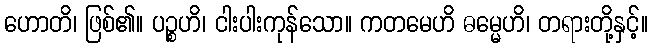
ဟောတိ၊ ဖြစ်၏။ ပဉ္စဟိ၊ ငါးပါးကုန်သော။ ကတမေဟိ ဓမ္မေဟိ၊ တရားတို့နှင့်။